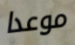
موعدا